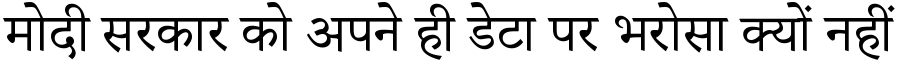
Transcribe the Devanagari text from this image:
मोदी सरकार को अपने ही डेटा पर भरोसा क्यों नहीं